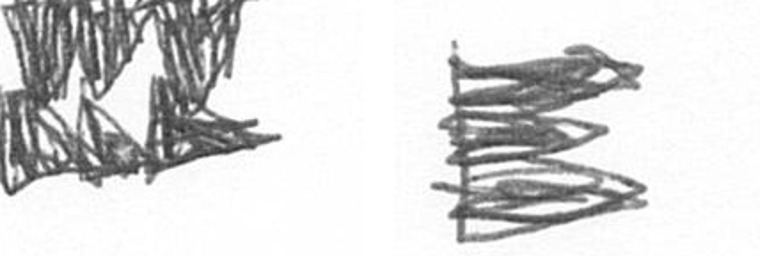
D H